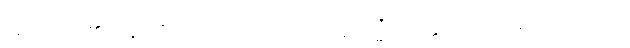
အာဂတာ၊ ၏။ ပန၊ ထိုသို့လာသော် လည်း။ ဣမသ္မိံအတ္ထေ၊ ဤအဘိညာနိသံသဟု